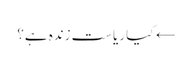
← کیا ریاست زندہ ہے؟